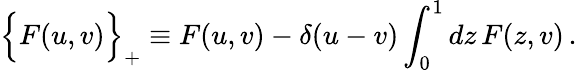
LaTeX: \Big\{ F(u,v)\Big\} _{+}\equiv F(u,v)-\delta(u-v)\int_{0}^{1}dz\, F(z,v)\, .